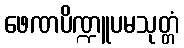
ဖေဏပိဏ္ဍူပမသုတ္တံ